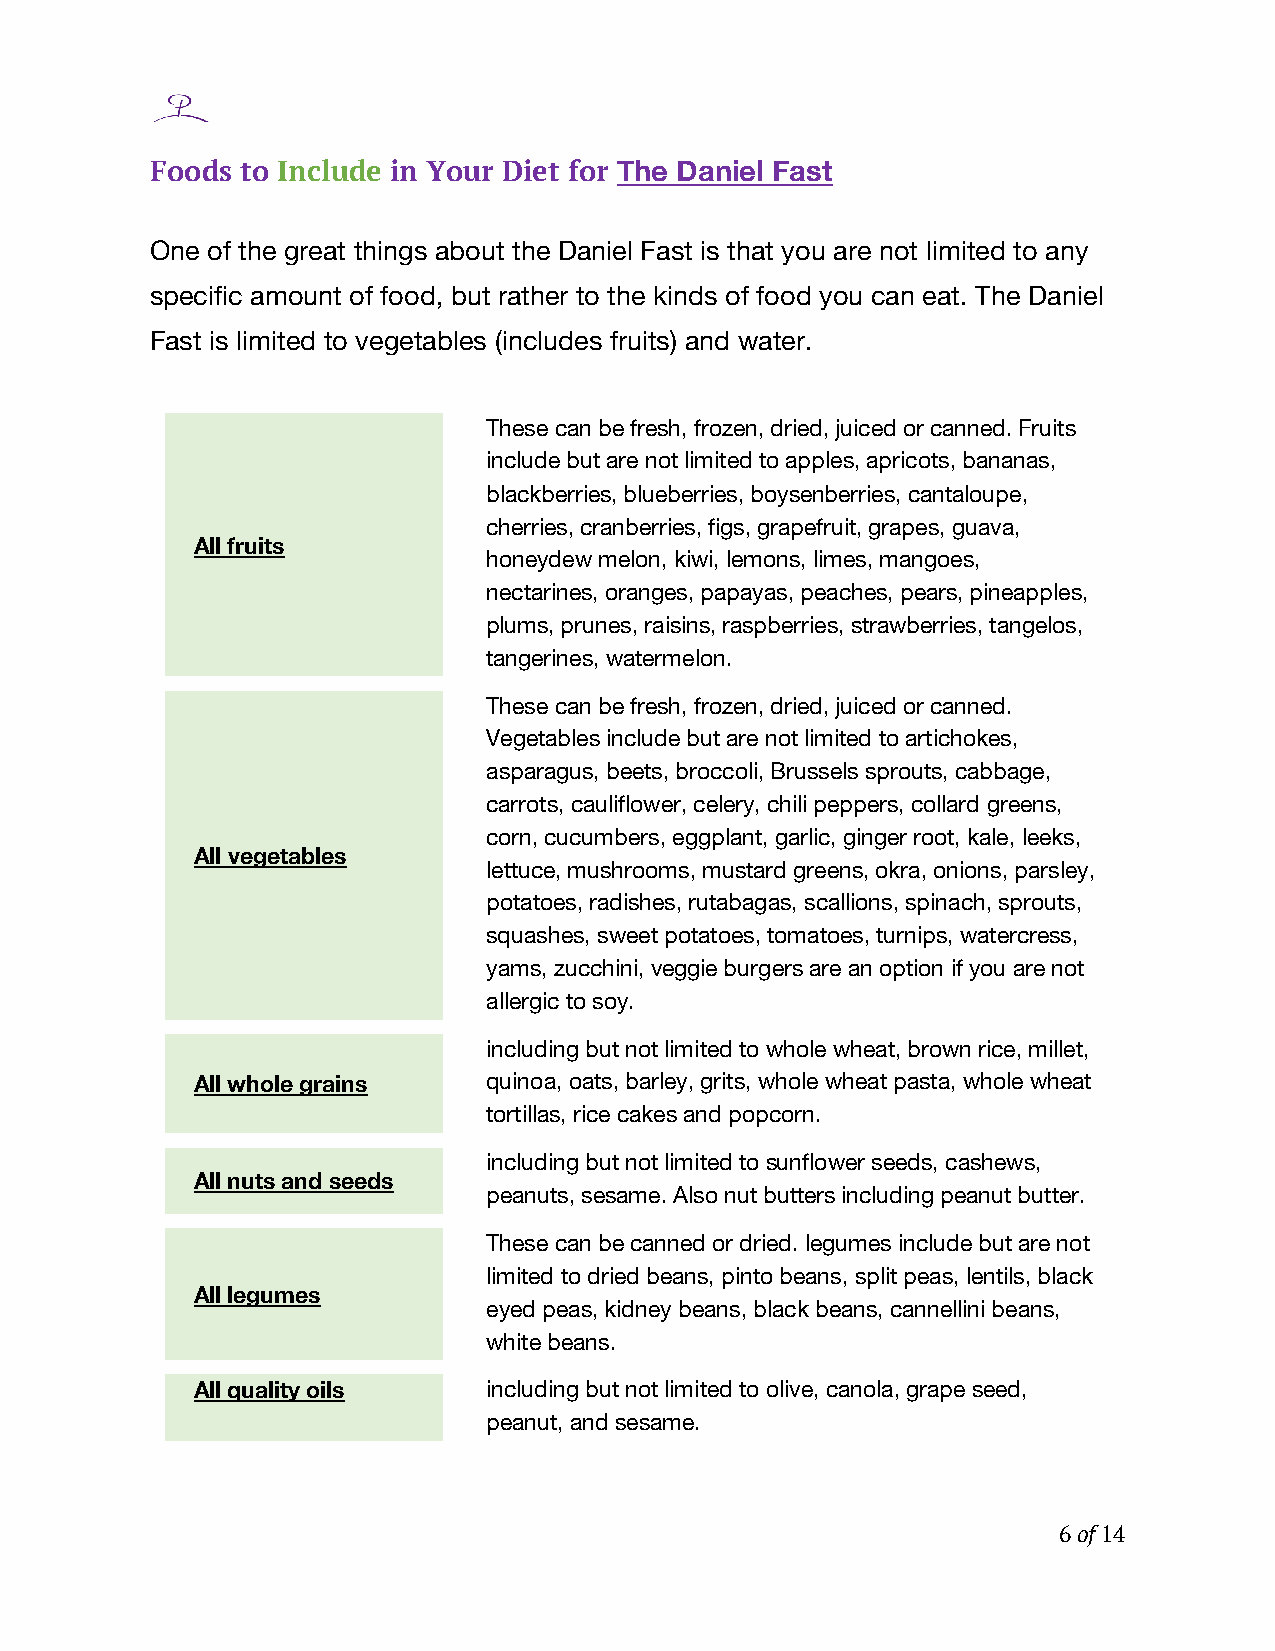
Foods to Include in Your Diet for The Daniel Fast
 One of the great things about the Daniel Fast is that you are not limited to any
 specific amount of food, but rather to the kinds of food you can eat. The Daniel
 Fast is limited to vegetables (includes fruits) and water.
 These can be fresh, frozen, dried, juiced or canned. Fruits
 include but are not limited to apples, apricots, bananas,
 blackberries, blueberries, boysenberries, cantaloupe,
 cherries, cranberries, figs, grapefruit, grapes, guava,
 All fruits
 honeydew melon, kiwi, lemons, limes, mangoes,
 nectarines, oranges, papayas, peaches, pears, pineapples,
 plums, prunes, raisins, raspberries, strawberries, tangelos,
 tangerines, watermelon.
 These can be fresh, frozen, dried, juiced or canned.
 Vegetables include but are not limited to artichokes,
 asparagus, beets, broccoli, Brussels sprouts, cabbage,
 carrots, cauliflower, celery, chili peppers, collard greens,
 corn, cucumbers, eggplant, garlic, ginger root, kale, leeks,
 All vegetables
 lettuce, mushrooms, mustard greens, okra, onions, parsley,
 potatoes, radishes, rutabagas, scallions, spinach, sprouts,
 squashes, sweet potatoes, tomatoes, turnips, watercress,
 yams, zucchini, veggie burgers are an option if you are not
 allergic to soy.
 including but not limited to whole wheat, brown rice, millet,
 All whole grains   quinoa, oats, barley, grits, whole wheat pasta, whole wheat
 tortillas, rice cakes and popcorn.
 including but not limited to sunflower seeds, cashews,
 All nuts and seeds
 peanuts, sesame. Also nut butters including peanut butter.
 These can be canned or dried. legumes include but are not
 limited to dried beans, pinto beans, split peas, lentils, black
 All legumes
 eyed peas, kidney beans, black beans, cannellini beans,
 white beans.
 All quality oils   including but not limited to olive, canola, grape seed,
 peanut, and sesame.
 6 of 14